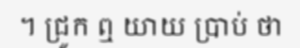
។ ជ្រូក ឮ យាយ ប្រាប់ ថា